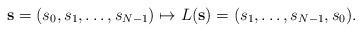
LaTeX: \begin{align*}\mathbf{s}=(s_0,s_1,\ldots,s_{N-1}) \mapsto L(\mathbf{s})=(s_1,\ldots,s_{N-1},s_0).\end{align*}